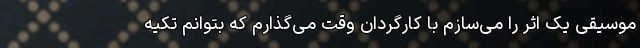
موسیقی یک اثر را می‌سازم با کارگردان وقت می‌گذارم که بتوانم تکیه